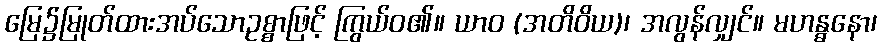
မြေ၌မြုတ်ထားအပ်သောဥစ္စာဖြင့် ကြွယ်ဝ၏။ ယာဝ (အတိဝိယ)၊ အလွန်လျှင်။ မဟန္ဓနော၊